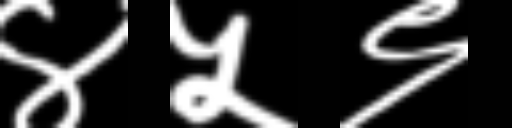
Text: ४५९